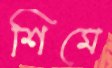
শিমে